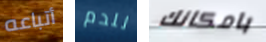
أتباعه للدم بامكانك